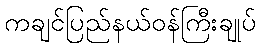
ကချင်ပြည်နယ်ဝန်ကြီးချုပ်